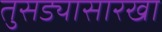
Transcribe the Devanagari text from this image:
तुसड्यासारखा